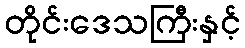
တိုင်းဒေသကြီးနှင့်